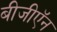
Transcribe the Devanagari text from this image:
बीजीऍन